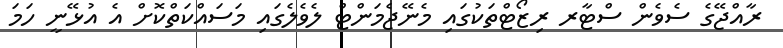
ރާއްޖޭގެ ސެވެން ސްޓާރ ރިޒޯޓްތަކުގައި މެނޭޖެމަންޓް ލެވެލެގައި މަސައްކަތްކޮށް އެ އުޅޭނީ ހަމަ